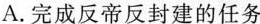
A.完成反帝反封建的任务